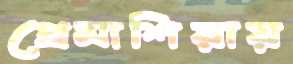
প্রেমাশিয়ায়